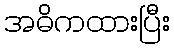
အဓိကထားပြီး